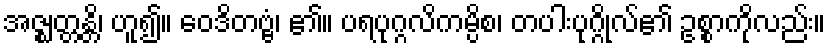
အဇ္ဈတ္တန္တိ၊ ဟူ၍။ ဝေဒိတဗ္ဗံ၊ ၏။ ပရပုဂ္ဂလိကမ္ပိစ၊ တပါးပုဂ္ဂိုလ်၏ ဥစ္စာကိုလည်း။